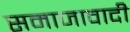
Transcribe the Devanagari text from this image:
समाजावादी